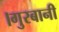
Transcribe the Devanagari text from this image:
।गुरबानी